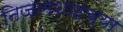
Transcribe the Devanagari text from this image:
निजामशाहच्या